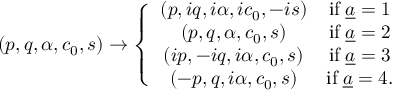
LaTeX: ( p , q , \alpha , c _ { 0 } , s ) \to \left\{ \begin{array} { c c } { { ( p , i q , i \alpha , i c _ { 0 } , - i s ) } } & { { \mathrm { i f } \; { \underline { { a } } } = 1 } } \\ { { ( p , q , \alpha , c _ { 0 } , s ) } } & { { \mathrm { i f } \; { \underline { { a } } } = 2 } } \\ { { ( i p , - i q , i \alpha , c _ { 0 } , s ) } } & { { \mathrm { i f } \; { \underline { { a } } } = 3 } } \\ { { ( - p , q , i \alpha , c _ { 0 } , s ) } } & { { \mathrm { i f } \; { \underline { { a } } } = 4 . } } \end{array} \right.